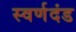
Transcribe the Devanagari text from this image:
स्वर्णदंड